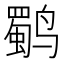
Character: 𱊬